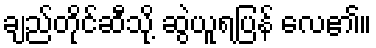
ချည်တိုင်ဆီသို့ ဆွဲယူရပြန် လေ၏။